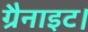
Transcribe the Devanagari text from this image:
ग्रैनाइट।